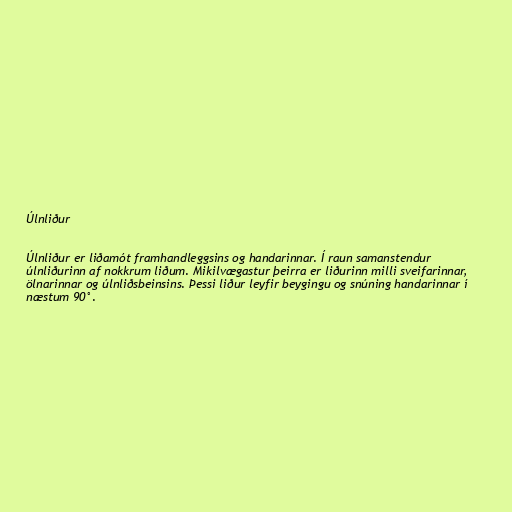
Úlnliður

Úlnliður er liðamót framhandleggsins og handarinnar. Í raun samanstendur
úlnliðurinn af nokkrum liðum. Mikilvægastur þeirra er liðurinn milli sveifarinnar,
ölnarinnar og úlnliðsbeinsins. Þessi liður leyfir beygingu og snúning handarinnar í
næstum 90°.